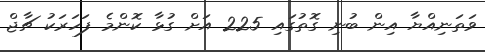
ވަތަނިއްޔާ އިން ބުނި ގޮތުގައި 225 އަށް ގުޅާ ކޮންމެ ފަހަރަކު ޗާޖް